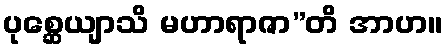
ပုစ္ဆေယျာသိ မဟာရာဇာ”တိ အာဟ။